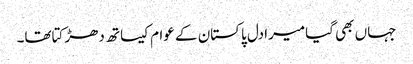
جہاں بھی گیامیرادل پاکستان کے عوام کیساتھ دھڑکتاتھا۔